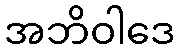
အဘိဝါဒေ